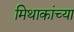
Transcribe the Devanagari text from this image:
मिथाकांच्या